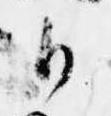
候